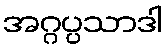
အဂ္ဂပ္ပသာဒါ